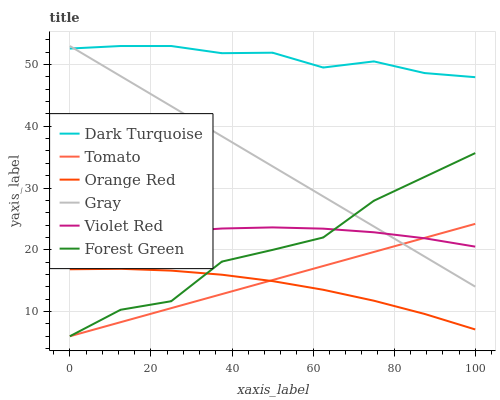
| xaxis_label | Dark Turquoise | Tomato | Orange Red | Gray | Violet Red | Forest Green |
 | --- | --- | --- | --- | --- | --- | --- |
 | 0 | 52.6 | 6 | 16.8 | 53 | 20.6 | 6 |
 | 12.5 | 53 | 8.28 | 16.9 | 48.1 | 21.9 | 10.3 |
 | 25 | 53 | 10.6 | 16.6 | 43.3 | 22.9 | 11.7 |
 | 37.5 | 51.8 | 12.8 | 16 | 38.4 | 23.4 | 18.1 |
 | 50 | 51.9 | 15.1 | 14.9 | 33.5 | 23.6 | 20 |
 | 62.5 | 49.5 | 17.4 | 13.5 | 28.6 | 23.4 | 22 |
 | 75 | 50.5 | 19.7 | 11.8 | 23.8 | 22.8 | 27.9 |
 | 87.5 | 48.6 | 21.9 | 9.61 | 18.9 | 21.9 | 31.8 |
 | 100 | 48 | 24.2 | 7.1 | 14 | 20.5 | 35.7 |